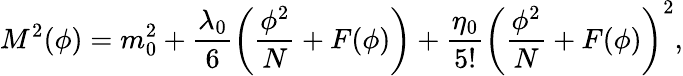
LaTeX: M^{2}(\phi)=m_{0}^{2}+\frac{\lambda_{0}}{6}\left(\frac{\phi^{2}}{N}+F(\phi)\right)+\frac{\eta_{0}}{5!}\left(\frac{\phi^{2}}{N}+F(\phi)\right)^{2},